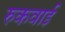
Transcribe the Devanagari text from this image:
रुकवाई